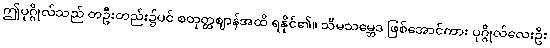
ဤပုဂ္ဂိုလ်သည် တဦးတည်း၌ပင် စတုတ္ထဈာန်အထိ ရနိုင်၏။ သီမသမ္ဘေဒ ဖြစ်အောင်ကား ပုဂ္ဂိုလ်လေးဦး